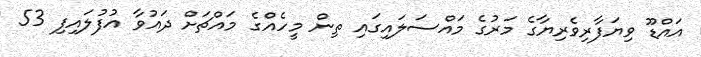
އައްޑޫ ވިޔަފާރިވެރިޔާގެ މަރުގެ މައްސަލައިގައި ތިން މީހެއްގެ މައްޗަށް ދައުވާ އުފުލައިފި 53